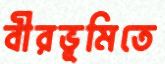
বীরভূমিতে